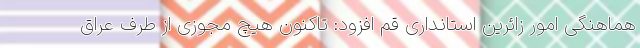
هماهنگی امور زائرین استانداری قم افزود: تاکنون هیچ مجوزی از طرف عراق